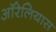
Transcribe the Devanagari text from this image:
ऑरेलियास